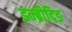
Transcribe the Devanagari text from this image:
इन्ब्रीदिङ